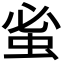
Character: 𮔀